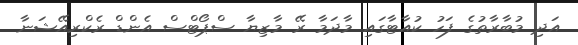
އަދި މުބާރާތުގެ ފަހު ކުއާޓާގައި މާދަމާ ރޭ މާޒިޔާ ސްޕޯޓްސް އެންޑް ރެކްރިއޭޝަނާ